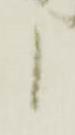
候